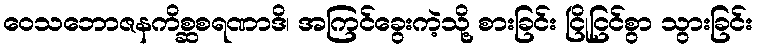
ဝေသဘောဇနကိစ္ဆစရဏာဒိ၊ အကြင်ခွေးကဲ့သို့ စားခြင်း ငြိုငြင်စွာ သွားခြင်း